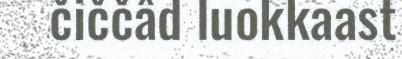
čiččâd luokkaast